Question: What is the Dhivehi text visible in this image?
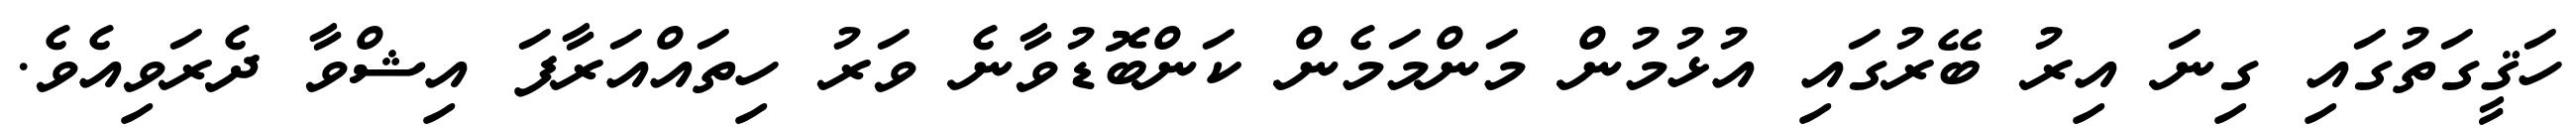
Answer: ހަޤީގަތުގައި ގިނަ އިރު ބޭރުގައި އުޅުމުން މަންމަމެން ކަންބޮޑުވާނެ ވަރު ހިތައްއަރާފަ އިޝްވާ ދެރަވިއެވެ.